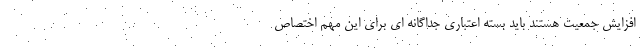
افزایش جمعیت هستند باید بسته اعتباری جداگانه ای برای این مهم اختصاص